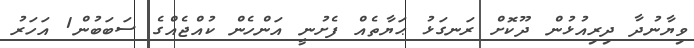
ވިޔާނުދާ ދިރިއުޅުން ދޫކޮށް ރަނގަޅު ޙަޔާތެއް ފެށުނީ އަންހެން ކުއްޖެއްގެ ސަބަބުން1 އަހަރު